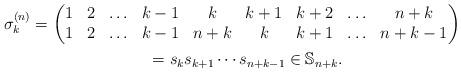
LaTeX: \begin{gather*}\sigma_{k}^{(n)}= \begin{pmatrix} 1& 2& \ldots& {k-1}& k& {k+1}& {k+2}& \ldots& n+k \\1& 2& \ldots& {k-1}& {n+k}& {k}& {k+1}& \ldots & n+k-1 \end{pmatrix}\\\hphantom{\sigma_{k}^{(n)}}{} =s_k s_{k+1} \cdots s_{n+k-1} \in \mathbb{S}_{n+k}.\end{gather*}